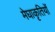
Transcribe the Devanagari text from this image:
मेघाकृतियों